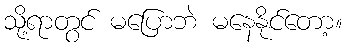
သို့ရာတွင် မပြောဘဲ မနေနိုင်တော့။